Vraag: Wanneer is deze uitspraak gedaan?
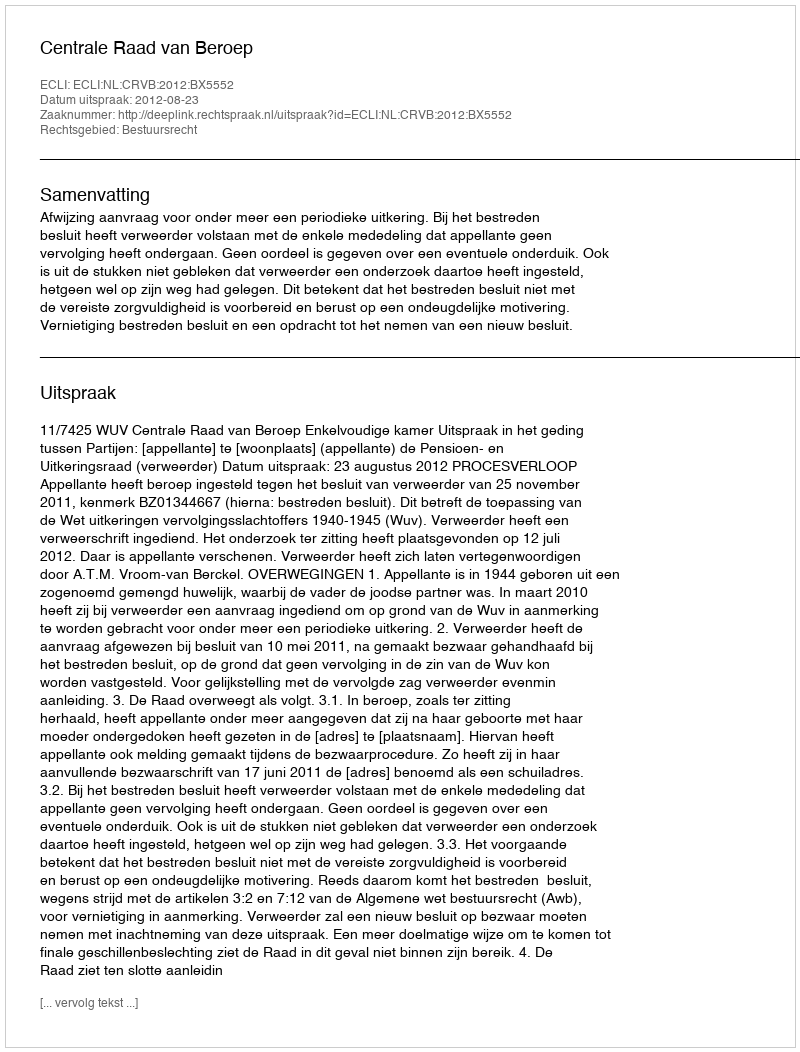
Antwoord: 2012-08-23